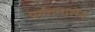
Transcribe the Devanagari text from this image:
पर्वतमालेत